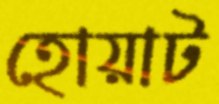
হোয়াট